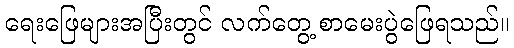
ရေးဖြေများအပြီးတွင် လက်တွေ့ စာမေးပွဲဖြေရသည်။